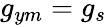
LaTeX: g_{ym}=g_{s}